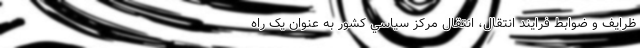
ظرایف و ضوابط فرایند انتقال، انتقال مركز سياسي کشور به عنوان یک راه